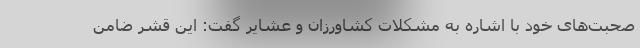
صحبت‌های خود با اشاره به مشکلات کشاورزان و عشایر گفت: این قشر ضامن